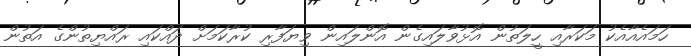
ހަމައެއާއެކު މަކަރާއި ހީލަތުން އޮޅުވާލައިގެން އޮންލައިން ވިޔަފާރި ކުރާކަމަށް ދައްކައި ރައްޔިތުންގެ އަތުން